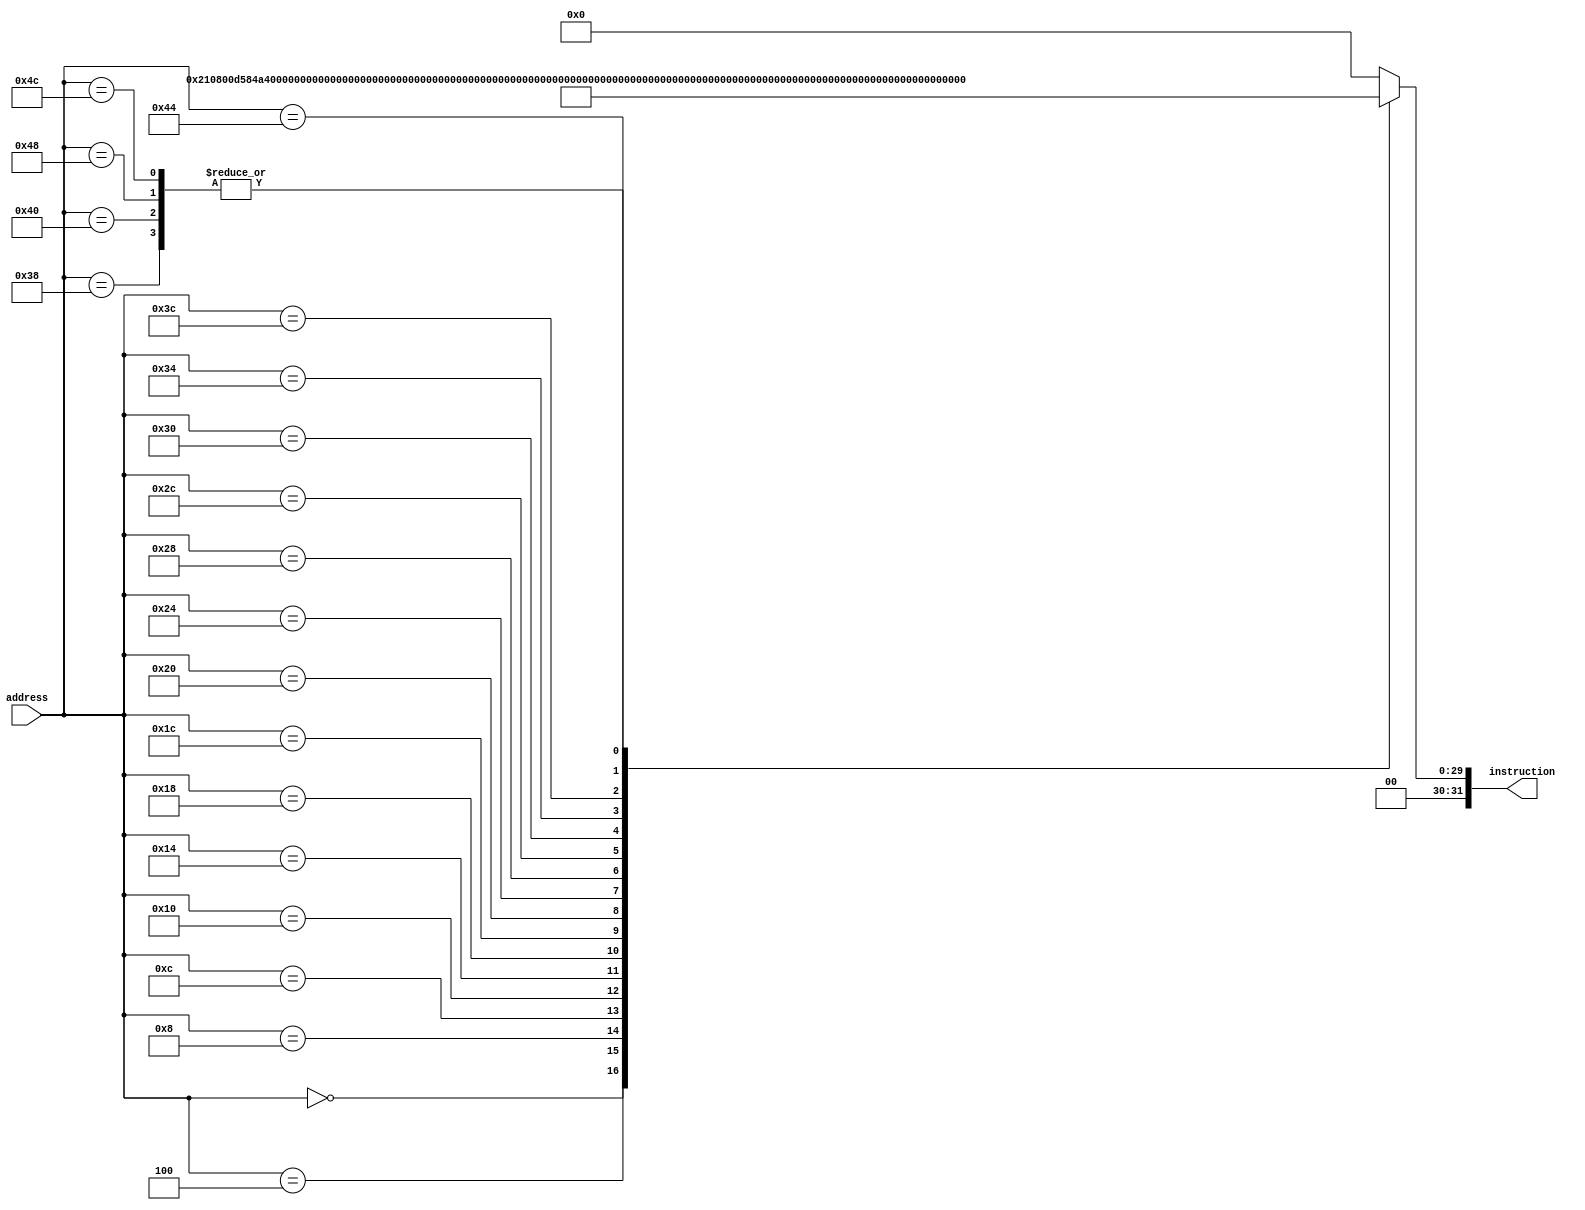
module instruction_memory(
    input [31:0] address,
    output reg [31:0] instruction
);
    always @(*) begin
        case(address)
            32'd0: instruction = 32'b00100001000010000000000011010101; // addi $t0, $t0, 213
            32'd4: instruction = 32'b00100001001010010000000000111100; // addi $t1, $t1, 60
            32'd8: instruction = 32'b00100001010010100000000000001001; // addi $t2, $t2, 9
            32'd12: instruction = 32'b00000001000010101000000000011000; // mul $s0, $t0, $t2
            32'd16: instruction = 32'b00100001011010110000000000010000; // addi $t3, $t3, 16
            32'd20: instruction = 32'b00000001001010111000100000011000; // mul $s1, $t1, $t3
            32'd24: instruction = 32'b00010010000100010000000000000111; // beq $s0, $s1, found_prop1
            32'd28: instruction = 32'b00100001100011000000000000000011; // addi $t4, $t4, 3
            32'd32: instruction = 32'b00000001000011001000000000011000; // mul $s0, $t0, $t4
            32'd36: instruction = 32'b00100001101011010000000000000100; // addi $t5, $t5, 4
            32'd40: instruction = 32'b00000001001011011000100000011000; // mul $s1, $t1, $t5
            32'd44: instruction = 32'b00010010000100010000000000000100; // beq $s0, $s1, found_prop2
            32'd48: instruction = 32'b00001000000000000000000000010001; // j no_valid_prop
            32'd52: instruction = 32'b00100010010100100000000000000001; // addi $s2, $s2, 1
            32'd56: instruction = 32'b00001000000000000000000000010011; // j end_program
            32'd60: instruction = 32'b00100010010100100000000000000010; // addi $s2, $s2, 2
            32'd64: instruction = 32'b00001000000000000000000000010011; // j end_program
            32'd68: instruction = 32'b00100010010100100000000000000000; // addi $s2, $s2, 0
            32'd72: instruction = 32'b00001000000000000000000000010011; // j end_program
            32'd76: instruction = 32'b00001000000000000000000000010011; // j end_program
            default: instruction = 32'b0;
        endcase
    end
endmodule

module tb_instruction_memory;
    // Declarao de variveis
    reg [31:0] address;
    wire [31:0] instruction;

    // Instancia o mdulo de memria de instruo
    instruction_memory im(
        .address(address),
        .instruction(instruction)
    );

    // Procedimento inicial para simulao
    initial begin
        // Monitoramento das variveis para impresso automtica
        $monitor("Address: %0d, Instruction: %b", address, instruction);

        // Define diferentes endereos para teste
        address = 32'd0; #10;
        address = 32'd4; #10;
        address = 32'd8; #10;
        address = 32'd12; #10;
        address = 32'd16; #10;
        address = 32'd20; #10;
        address = 32'd24; #10;
        address = 32'd28; #10;
        address = 32'd32; #10;
        address = 32'd36; #10;
        address = 32'd40; #10;
        address = 32'd44; #10;
        address = 32'd48; #10;
        address = 32'd52; #10;
        address = 32'd56; #10;
        address = 32'd60; #10;
        address = 32'd64; #10;
        address = 32'd68; #10;
        address = 32'd72; #10;
        address = 32'd76; #10;

        // Finaliza a simulao
        $finish;
    end
endmodule